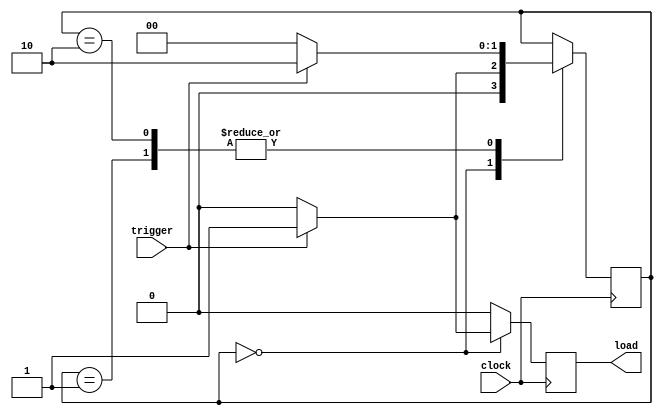
module pluse_gen (clock,trigger,load);
	
	input clock;
	input trigger;

	output load;
	
	reg [1:0] state;
	reg load;
	

	
	always@ (posedge clock)begin
		load<=1'b0;
		case(state)
		2'b0:		if (trigger==1'b0)
						state <= 2'b00;
					
					else begin
						state <= 2'b01;
						load<=1'b1;
				end
		2'b01: if(trigger==1'b0)
					state<=2'b00;
	 
				
				else 
				state <=2'b10;
			
		2'b10:if (trigger==1'b0)
				state <=2'b00;
			
			else 
				state <=2'b10;
			
		endcase
	end
endmodule